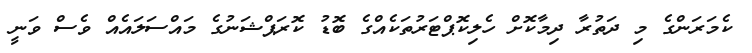
ކެމަރަންގެ މި ދަތުރާ ދިމާކޮށް ހެލިކޮޕްޓަރުތަކެއްގެ ބޮޑު ކޮރަޕްޝަނުގެ މައްސަލައެއް ވެސް ވަނީ